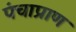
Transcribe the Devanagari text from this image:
पंचाप्राण